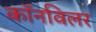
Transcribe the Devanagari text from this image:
कॉनविलर